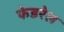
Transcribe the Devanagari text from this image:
फेडरेल